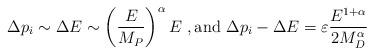
LaTeX: \begin{align*}\Delta p_i \sim\Delta E \sim \left(\frac{E}{M_P}\right)^\alpha E~, {\rm and} ~ \Delta p_i- \Delta E =\varepsilon \frac{E^{1 + \alpha}}{2 M_D^\alpha}\end{align*}